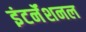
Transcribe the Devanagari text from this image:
इंटर्नॅशनल